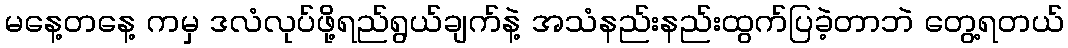
မနေ့တနေ့ ကမှ ဒလံလုပ်ဖို့ရည်ရွယ်ချက်နဲ့ အသံနည်းနည်းထွက်ပြခဲ့တာဘဲ တွေ့ရတယ်